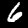
Label: 6